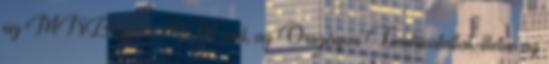
az MNB-vel, a PM-mel, az Országos Tervhivatallal, illetve az